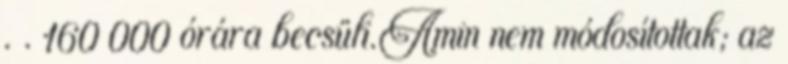
. . 160 000 órára becsüli.Amin nem módosítottak; az